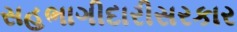
સહભાગીદારીસરકાર